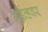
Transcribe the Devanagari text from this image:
ड्राईव्हवर